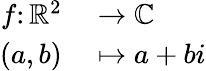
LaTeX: \begin{array}{rl}{f\colon\mathbb{R}^{2}}&{{}\to\mathbb{C}}\\ {(a,b)}&{{}\mapsto a+bi}\end{array}